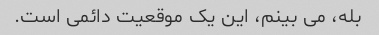
بله، می بینم، این یک موقعیت دائمی است.